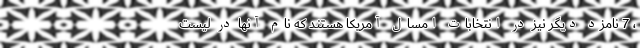
، 7 نامزد دیگر نیز در انتخابات امسال آمریکا هستند که نام آنها در لیست